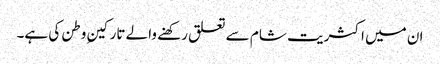
ان میں اکثریت شام سے تعلق رکھنے والے تارکینِ وطن کی ہے۔